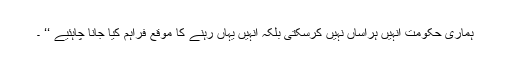
ہماری حکومت انہیں ہراساں نہیں کرسکتی بلکہ انہیں یہاں رہنے کا موقع فراہم کیا جانا چاہئیے ‘‘ ۔